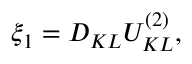
\xi _ { 1 } = D _ { K L } { U } _ { K L } ^ { ( 2 ) } ,